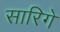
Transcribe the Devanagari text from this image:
सारिगे